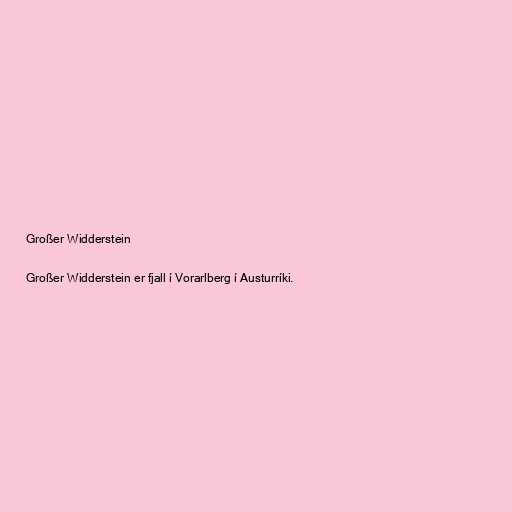
Großer Widderstein

Großer Widderstein er fjall í Vorarlberg í Austurríki.